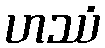
ဟဿံ